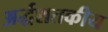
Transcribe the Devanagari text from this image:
अर्द्धशतकीय